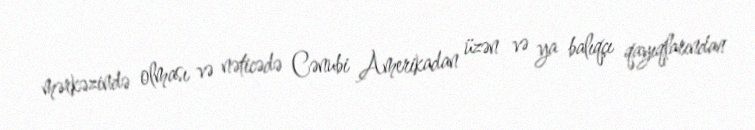
mərkəzində olması və nəticədə Cənubi Amerikadan üzən və ya balıqçı qayıqlarından